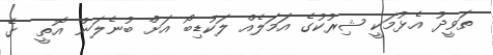
ތަވީދު އެޅުމަކީ ޝިރުކުގެ އަމަލެއް ލަކުޑިބޯ އަށް ބުނެލަން އޮތީ  ގެ